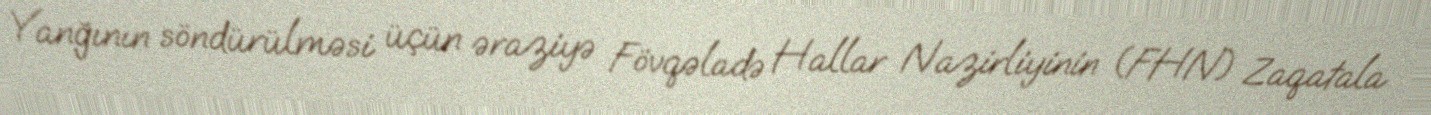
Yanğının söndürülməsi üçün əraziyə Fövqəladə Hallar Nazirliyinin (FHN) Zaqatala